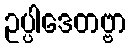
ဥပ္ပါဒေတဗ္ဗာ